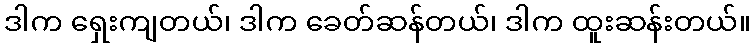
ဒါက ရှေးကျတယ်၊ ဒါက ခေတ်ဆန်တယ်၊ ဒါက ထူးဆန်းတယ်။